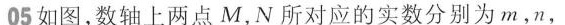
05 如图，数轴上两点M，N所对应的实数分别为m，n，